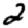
Digit: 2